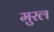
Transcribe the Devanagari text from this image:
मुरल